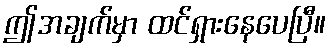
ဤအချက်မှာ ထင်ရှားနေပေပြီ။